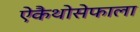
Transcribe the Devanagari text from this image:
ऐकैथोसेफाला